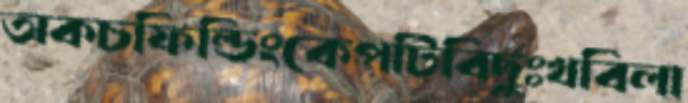
অকচফিল্ডিংকেপটিবিদুঃখবিলা